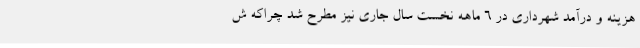
هزینه و درآمد شهرداری در 6 ماهه نخست سال جاری نیز مطرح شد چراکه ش